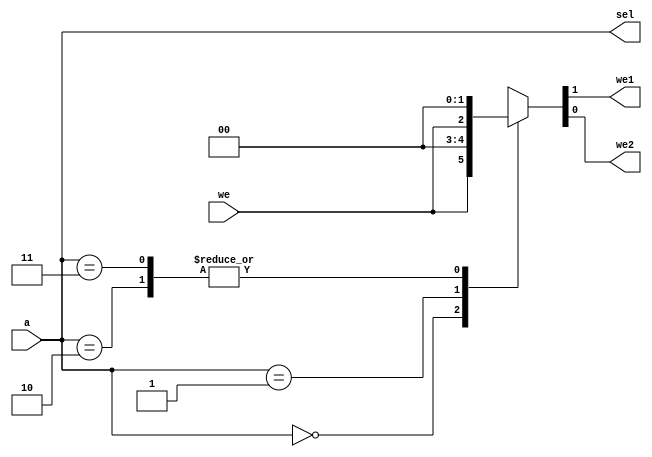
module FA_AD (
    input        we,
    input  [1:0] a,
    output reg   we1, we2,
    output [1:0] sel );

    assign sel = a;

    always @ ( we, a ) begin
        case (a)
            2'b00:   { we1, we2 } = { we,   1'b0 };
            2'b01:   { we1, we2 } = { 1'b0, we   };
            2'b10:   { we1, we2 } = { 1'b0, 1'b0 };
            2'b11:   { we1, we2 } = { 1'b0, 1'b0 };
            default: { we1, we2 } = { 1'bx, 1'bx };
        endcase
    end
endmodule

module GPIO_AD (
    input        we,
    input  [1:0] a,
    output reg   we1, we2,
    output [1:0] sel );

    assign sel = a;

    always @ ( we, a ) begin
        case (a)
            2'b00:   { we1, we2 } = { 1'b0, 1'b0 };
            2'b01:   { we1, we2 } = { 1'b0, 1'b0 };
            2'b10:   { we1, we2 } = { we,   1'b0 };
            2'b11:   { we1, we2 } = { 1'b0, we   };
            default: { we1, we2 } = { 1'bx, 1'bx };
        endcase
    end
endmodule

module SoC_AD (
    input            we,
    input      [3:0] a,
    output reg       wem, we1, we2, // we for dm, fa, gpio respectively
    output reg [1:0] sel );         // rd sel

    initial begin
        wem = 1'b0;
        we1 = 1'b0;
        we2 = 1'b0;
    end

    always @ ( we, a ) begin
        case (a)
            4'h9:    begin { wem, we1, we2 } = { 1'b0, 1'b0, we }; sel = 2'b11; end // GPIO
            4'h8:    begin { wem, we1, we2 } = { 1'b0, we, 1'b0 }; sel = 2'b10; end // Factorial Accelerator
            default: begin { wem, we1, we2 } = { we, 1'b0, 1'b0 }; sel = 2'b00; end // Data Memory
        endcase
    end

endmodule